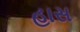
હાસ